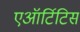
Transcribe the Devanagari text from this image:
एऑर्टिटिस